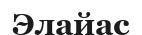
Элайас